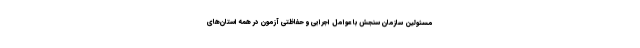
مسئولین سازمان سنجش با عوامل اجرایی و حفاظتی آزمون در همه استان‌های